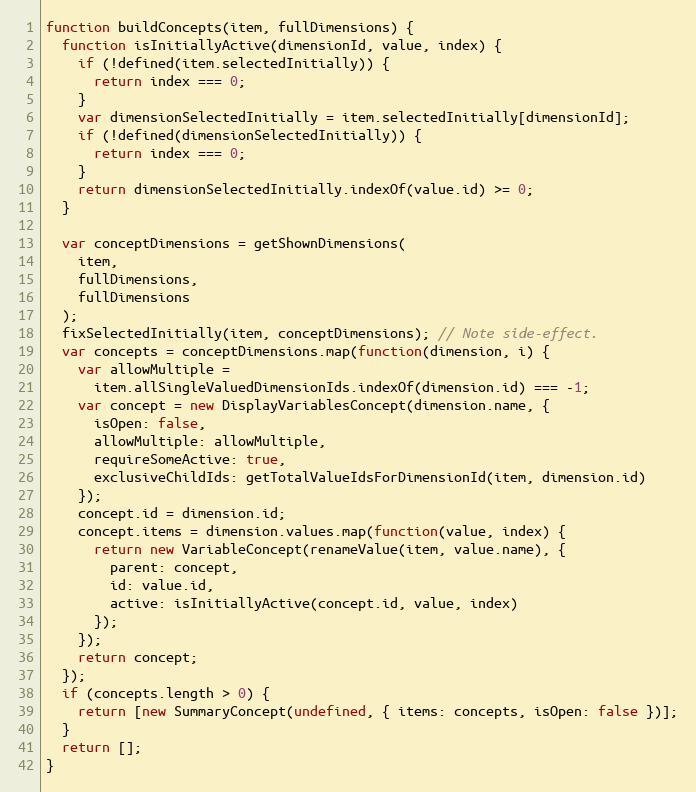
Language: JavaScript
function buildConcepts(item, fullDimensions) {
  function isInitiallyActive(dimensionId, value, index) {
    if (!defined(item.selectedInitially)) {
      return index === 0;
    }
    var dimensionSelectedInitially = item.selectedInitially[dimensionId];
    if (!defined(dimensionSelectedInitially)) {
      return index === 0;
    }
    return dimensionSelectedInitially.indexOf(value.id) >= 0;
  }

  var conceptDimensions = getShownDimensions(
    item,
    fullDimensions,
    fullDimensions
  );
  fixSelectedInitially(item, conceptDimensions); // Note side-effect.
  var concepts = conceptDimensions.map(function(dimension, i) {
    var allowMultiple =
      item.allSingleValuedDimensionIds.indexOf(dimension.id) === -1;
    var concept = new DisplayVariablesConcept(dimension.name, {
      isOpen: false,
      allowMultiple: allowMultiple,
      requireSomeActive: true,
      exclusiveChildIds: getTotalValueIdsForDimensionId(item, dimension.id)
    });
    concept.id = dimension.id;
    concept.items = dimension.values.map(function(value, index) {
      return new VariableConcept(renameValue(item, value.name), {
        parent: concept,
        id: value.id,
        active: isInitiallyActive(concept.id, value, index)
      });
    });
    return concept;
  });
  if (concepts.length > 0) {
    return [new SummaryConcept(undefined, { items: concepts, isOpen: false })];
  }
  return [];
}